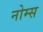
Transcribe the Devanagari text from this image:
नोम्स